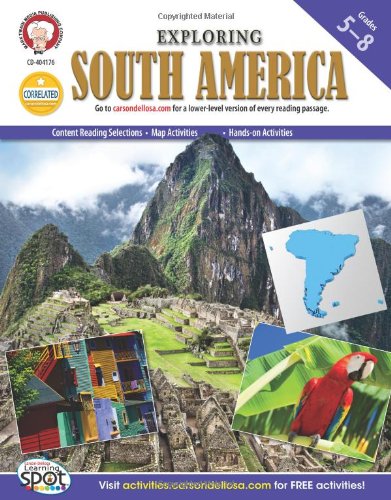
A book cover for Exploring South America, Grades 5 - 8 (Continents of the World); Michael Kramme Ph.D.; Children's Books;